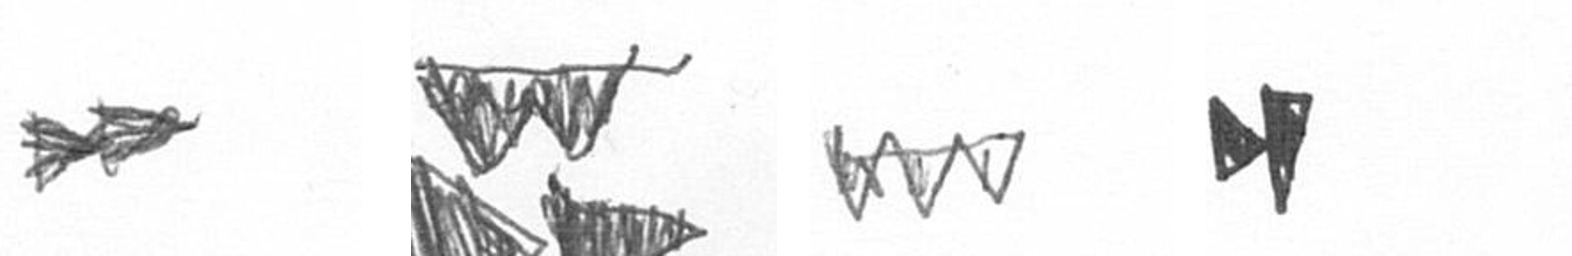
A B L M